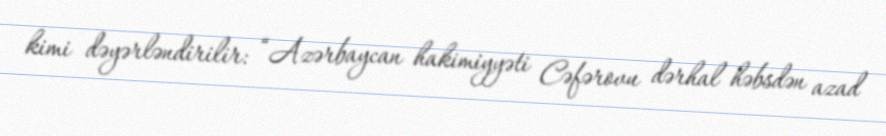
kimi dəyərləndirilir: “Azərbaycan hakimiyyəti Cəfərovu dərhal həbsdən azad